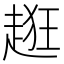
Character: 𧻺